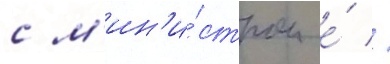
с м'ин'и́стром е́ //